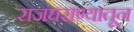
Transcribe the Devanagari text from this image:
राजघराण्यातून